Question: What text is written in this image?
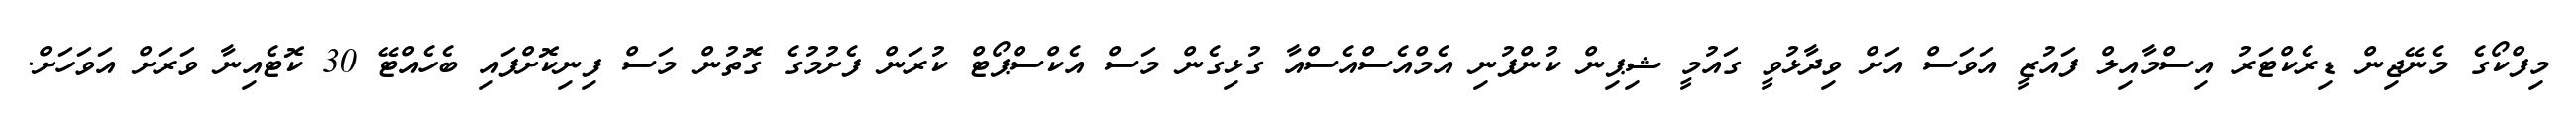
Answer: މިފްކޯގެ މެނޭޖިން ޑިރެކްޓަރު އިސްމާއިލް ފައުޒީ އަވަސް އަށް ވިދާޅުވީ ގައުމީ ޝިޕިން ކުންފުނި އެމްއެސްއެސްއާ ގުޅިގެން މަސް އެކްސްޕޯޓް ކުރަން ފެށުމުގެ ގޮތުން މަސް ފިނިކޮށްފައި ބެހެއްޓޭ 30 ކޮޓެއިނާ ވަރަށް އަވަހަށް.